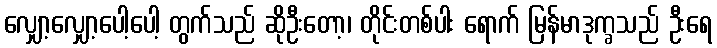
လျှော့လျှော့ပေါ့ပေါ့ တွက်သည် ဆိုဦးတော့၊ တိုင်းတစ်ပါး ရောက် မြန်မာဒုက္ခသည် ဦးရေ